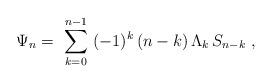
LaTeX: \begin{align*}\Psi_n = \ \sum_{k=0}^{n-1} \ (-1)^k\, (n-k)\, \Lambda_k\, S_{n-k}\ ,\end{align*}